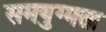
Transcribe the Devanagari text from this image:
समयुग्मता